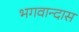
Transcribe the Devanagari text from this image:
भगवान्दास